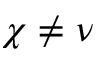
\chi \neq \nu